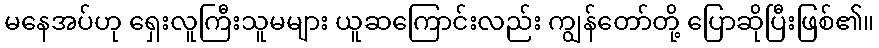
မနေအပ်ဟု ရှေးလူကြီးသူမများ ယူဆကြောင်းလည်း ကျွန်တော်တို့ ပြောဆိုပြီးဖြစ်၏။